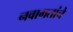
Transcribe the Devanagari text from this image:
नवागतांचे